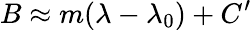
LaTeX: B\approx m(\lambda-\lambda_{0})+C^{\prime}